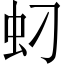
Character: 𱿘